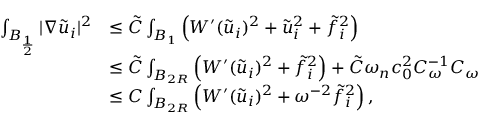
\begin{array} { r l } { \int _ { B _ { \frac { 1 } { 2 } } } | \nabla \tilde { u } _ { i } | ^ { 2 } } & { \leq \tilde { C } \int _ { B _ { 1 } } \left( W ^ { \prime } ( \tilde { u } _ { i } ) ^ { 2 } + \tilde { u } _ { i } ^ { 2 } + \tilde { f } _ { i } ^ { 2 } \right) } \\ & { \leq \tilde { C } \int _ { B _ { 2 R } } \left( W ^ { \prime } ( \tilde { u } _ { i } ) ^ { 2 } + \tilde { f } _ { i } ^ { 2 } \right) + \tilde { C } \omega _ { n } c _ { 0 } ^ { 2 } C _ { \omega } ^ { - 1 } C _ { \omega } } \\ & { \leq C \int _ { B _ { 2 R } } \left( W ^ { \prime } ( \tilde { u } _ { i } ) ^ { 2 } + \omega ^ { - 2 } \tilde { f } _ { i } ^ { 2 } \right) , } \end{array}